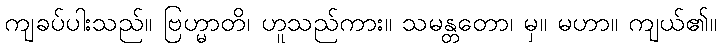
ကျခပ်ပါးသည်။ ဗြဟ္မာတိ၊ ဟူသည်ကား။ သမန္တတော၊ မှ။ မဟာ။ ကျယ်၏။